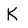
Character: K